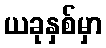
ယခုနှစ်မှာ